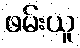
ဖမ်းယူ